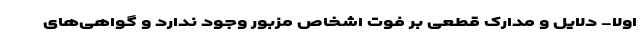
اولا- دلایل و مدارک قطعی بر فوت اشخاص مزبور وجود ندارد و گواهی‌های